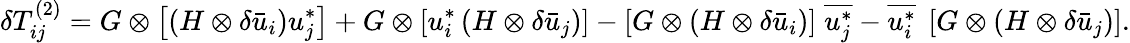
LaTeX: \delta T_{ij}^{\left(2\right)}=G\otimes\left[{\left({H\otimes\delta{{\bar{u}}_{i}}}\right)u_{j}^{*}}\right]+G\otimes\left[{u_{i}^{*}\left({H\otimes\delta{{\bar{u}}_{j}}}\right)}\right]-\left[{G\otimes\left({H\otimes\delta{{\bar{u}}_{i}}}\right)}\right]\; \overline{{u_{j}^{*}}}-\overline{{u_{i}^{*}}}\; \left[{G\otimes\left({H\otimes\delta{{\bar{u}}_{j}}}\right)}\right].